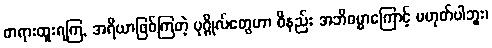
တရားထူးရကြ, အရိယာဖြစ်ကြတဲ့ ပုဂ္ဂိုလ်တွေဟာ ဝိနည်း အဘိဓမ္မာကြောင့် မဟုတ်ပါဘူး၊